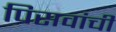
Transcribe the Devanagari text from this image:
पिसवांची